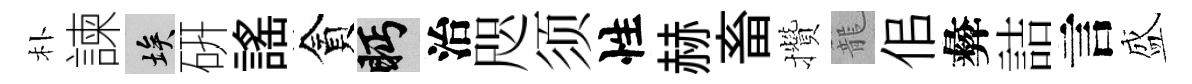
朴諫埃硏謡貪眄治咫须性赫畜攢籠佀彜詰言盛